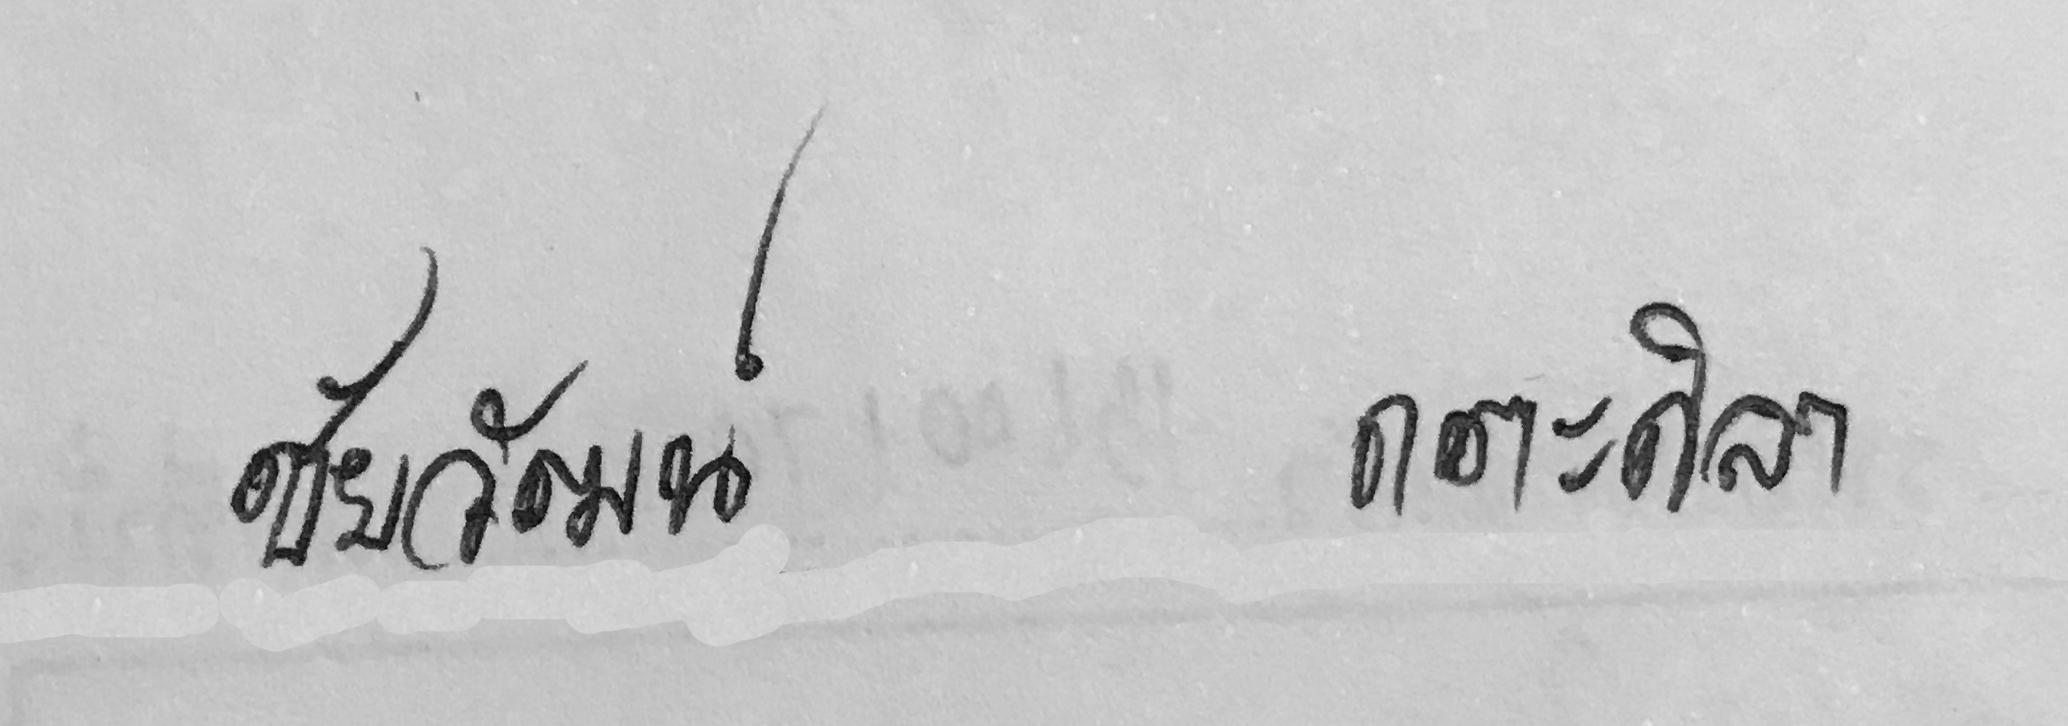
ชัยวัฒน์ กตะศิลา